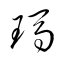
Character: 瑪